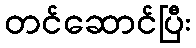
တင်ဆောင်ပြီး